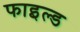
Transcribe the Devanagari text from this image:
फाइल्ड